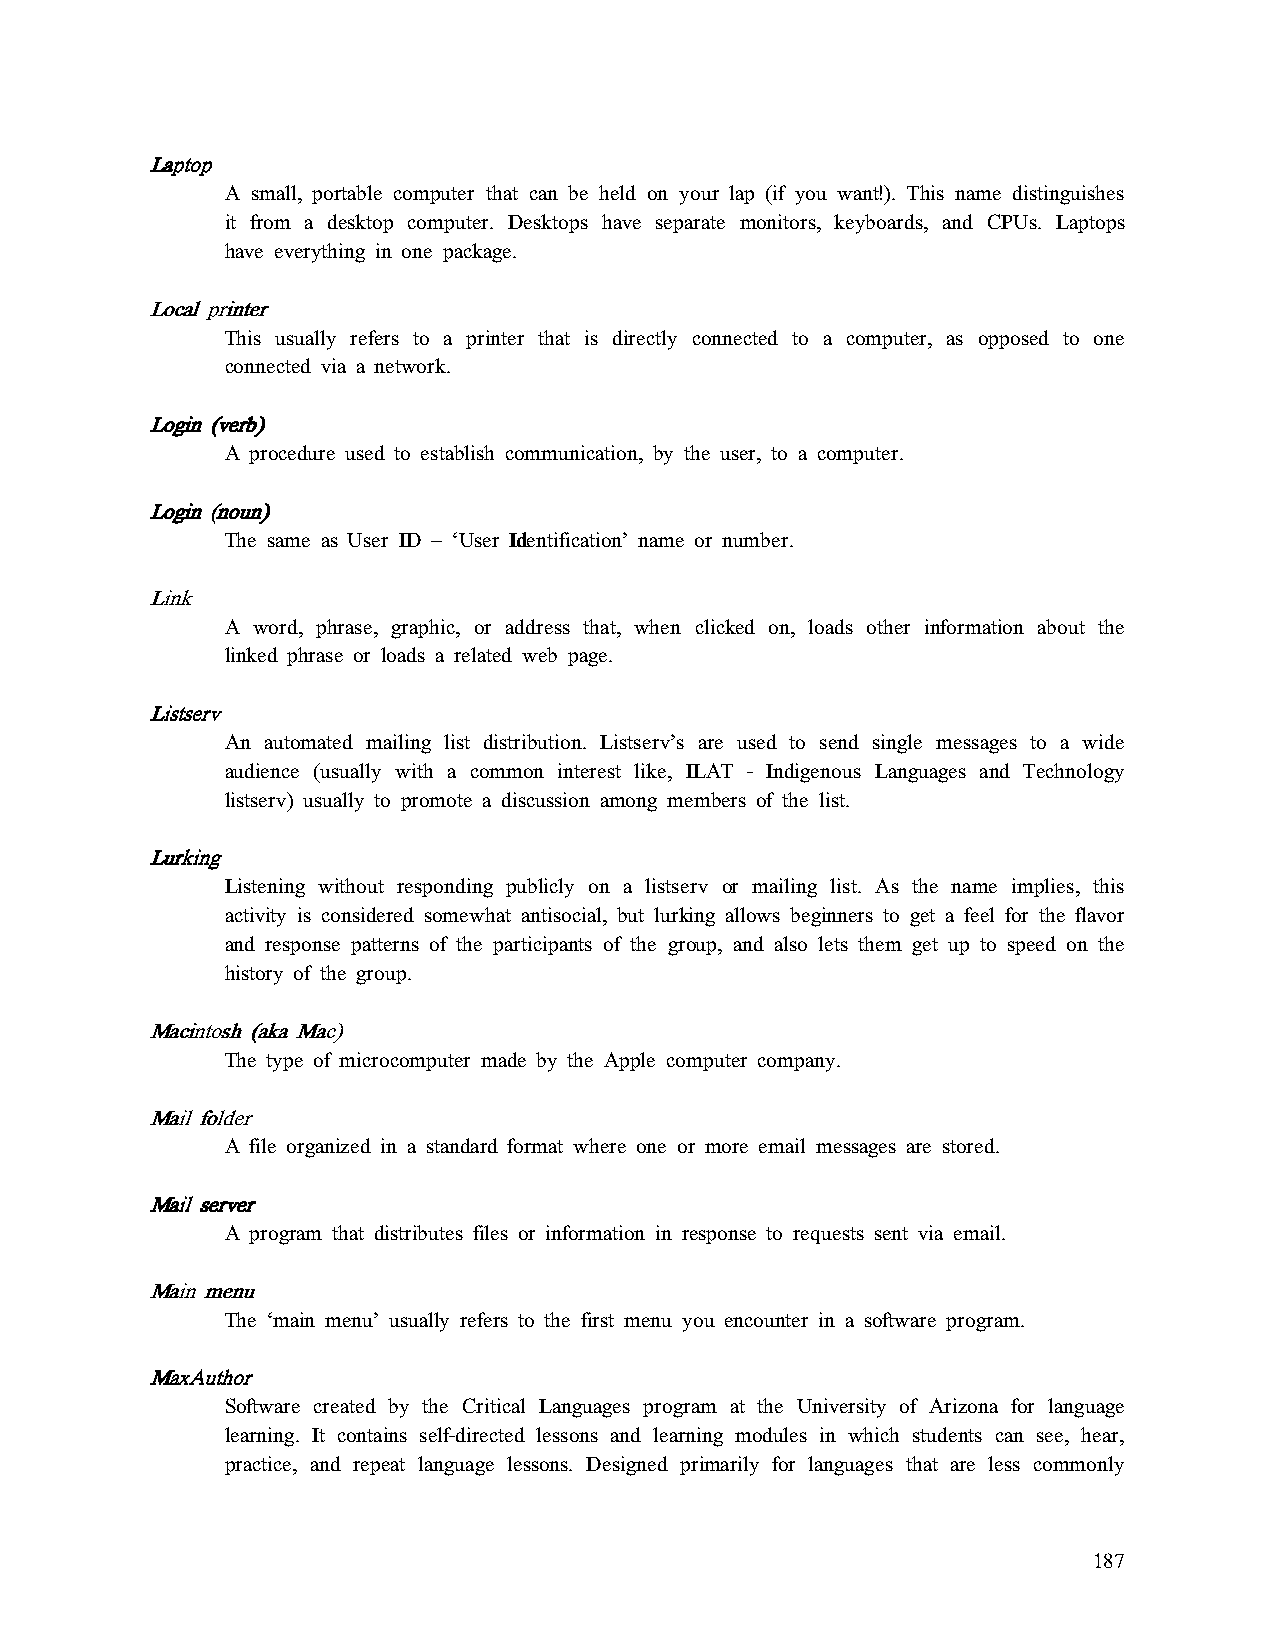
LLLLaaaappppttttoooopppp
 A small, portable computer that can be held on your lap (if you want!). This name distinguishes
 it from a desktop computer. Desktops have separate monitors, keyboards, and CPUs. Laptops
 have everything in one package.
 LLLLooooccccaaaallll pppprrrriiiinnnntttteeeerrrr
 This usually refers to a printer that is directly connected to a computer, as opposed to one
 connected via a network.
 LLLLooooggggiiiinnnn ((((vvvveeeerrrrbbbb))))
 A procedure used to establish communication, by the user, to a computer.
 LLLLooooggggiiiinnnn ((((nnnnoooouuuunnnn))))
 The same as User ID – ‘UUUUser IIIIddddentification’ name or number.
 LLLLiiiinnnnkkkk
 A word, phrase, graphic, or address that, when clicked on, loads other information about the
 linked phrase or loads a related web page.
 LLLLiiiissssttttsssseeeerrrrvvvv
 An automated mailing list distribution. Listserv’s are used to send single messages to a wide
 audience (usually with a common interest like, ILAT - Indigenous Languages and Technology
 listserv) usually to promote a discussion among members of the list.
 LLLLuuuurrrrkkkkiiiinnnngggg
 Listening without responding publicly on a listserv or mailing list. As the name implies, this
 activity is considered somewhat antisocial, but lurking allows beginners to get a feel for the flavor
 and response patterns of the participants of the group, and also lets them get up to speed on the
 history of the group.
 MMMMaaaacccciiiinnnnttttoooosssshhhh ((((aaaakkkkaaaa MMMMaaaacccc))))
 The type of microcomputer made by the Apple computer company.
 MMMMaaaaiiiillll ffffoooollllddddeeeerrrr
 A file organized in a standard format where one or more email messages are stored.
 MMMMaaaaiiiillll sssseeeerrrrvvvveeeerrrr
 A program that distributes files or information in response to requests sent via email.
 MMMMaaaaiiiinnnn mmmmeeeennnnuuuu
 The ‘main menu’ usually refers to the first menu you encounter in a software program.
 MMMMaaaaxxxxAAAAuuuutttthhhhoooorrrr
 Software created by the Critical Languages program at the University of Arizona for language
 learning. It contains self-directed lessons and learning modules in which students can see, hear,
 practice, and repeat language lessons. Designed primarily for languages that are less commonly
 187